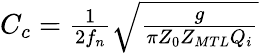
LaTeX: \begin{array}{r}{C_{c}=\frac{1}{2f_{n}}\sqrt{\frac{g}{\pi Z_{0}Z_{MTL}Q_{i}}}}\end{array}